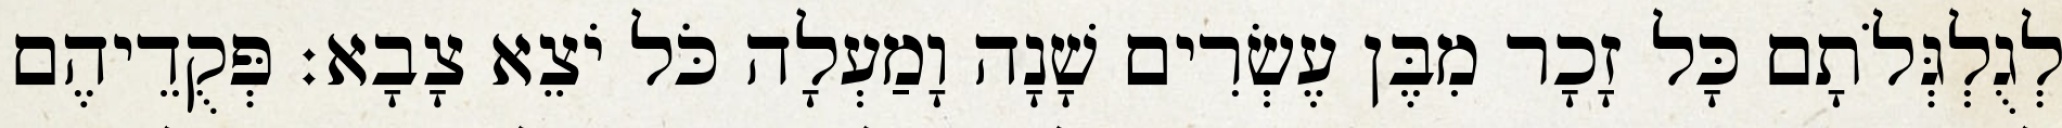
לְגֻלְגְּלֹתָם כָּל זָכָר מִבֶּן עֶשְׂרִים שָׁנָה וָמַעְלָה כֹּל יֹצֵא צָבָא׃ פְּקֻדֵיהֶם